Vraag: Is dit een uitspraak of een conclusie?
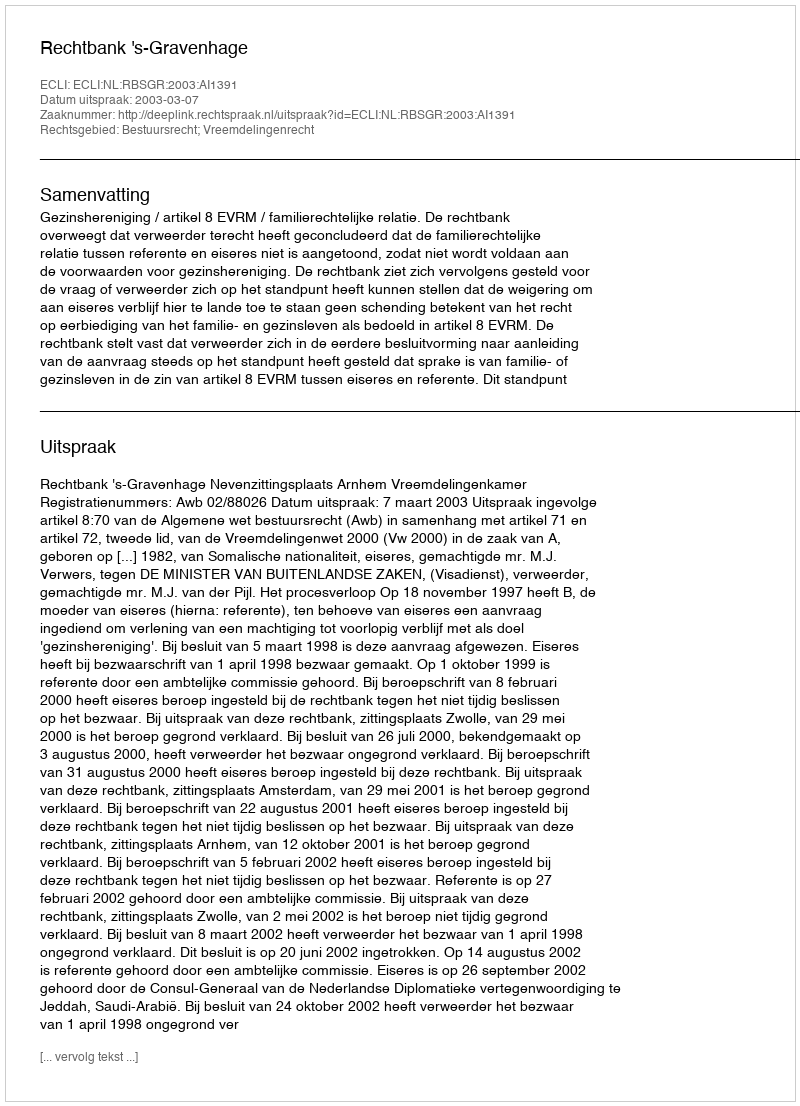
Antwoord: Uitspraak